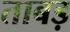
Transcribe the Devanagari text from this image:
ताबड़